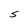
Character: S